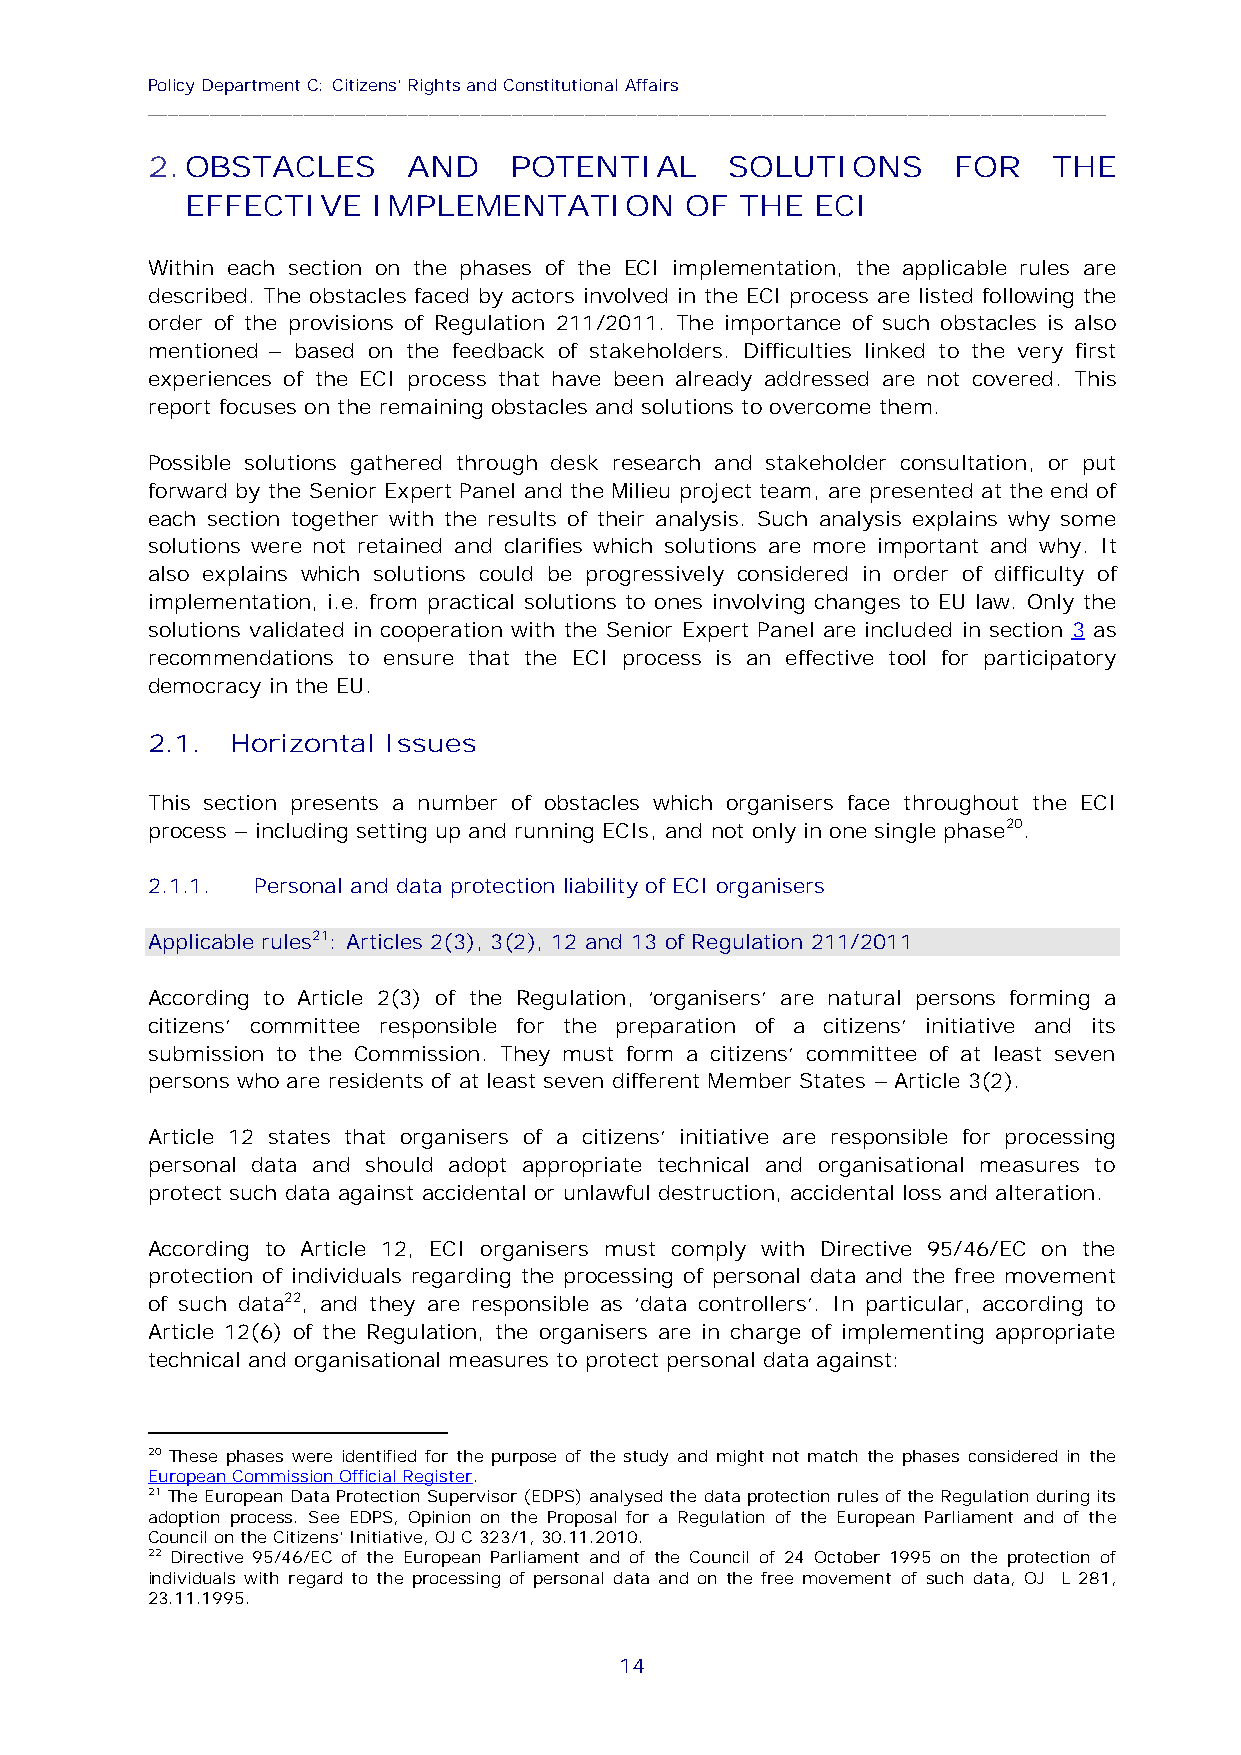
Policy Department C: Citizens' Rights and Constitutional Affairs
 ____________________________________________________________________________________________
 2.OBSTACLES      AND    POTENTIAL     SOLUTIONS      FOR    THE
 EFFECTIVE    IMPLEMENTATION      OF  THE  ECI
 Within each section on the phases of the ECI implementation, the applicable rules are
 described. The obstacles faced by actors involved in the ECI process are listed following the
 order of the provisions of Regulation 211/2011. The importance of such obstacles is also
 mentioned – based on the feedback of stakeholders. Difficulties linked to the very first
 experiences of the ECI process that have been already addressed are not covered. This
 report focuses on the remaining obstacles and solutions to overcome them.
 Possible solutions gathered through desk research and stakeholder consultation, or put
 forward by the Senior Expert Panel and the Milieu project team, are presented at the end of
 each section together with the results of their analysis. Such analysis explains why some
 solutions were not retained and clarifies which solutions are more important and why. It
 also explains which solutions could be progressively considered in order of difficulty of
 implementation, i.e. from practical solutions to ones involving changes to EU law. Only the
 solutions validated in cooperation with the Senior Expert Panel are included in section 3 as
 recommendations to ensure that the ECI process is an effective tool for participatory
 democracy in the EU.
 2.1. Horizontal Issues
 This section presents a number of obstacles which organisers face throughout the ECI
 process – including setting up and running ECIs, and not only in one single phase20.
 2.1.1. Personal and data protection liability of ECI organisers
 Applicable rules21: Articles 2(3), 3(2), 12 and 13 of Regulation 211/2011
 According to Article 2(3) of the Regulation, ‘organisers’ are natural persons forming a
 citizens’ committee responsible for the preparation of a citizens’ initiative and its
 submission to the Commission. They must form a citizens’ committee of at least seven
 persons who are residents of at least seven different Member States – Article 3(2).
 Article 12 states that organisers of a citizens’ initiative are responsible for processing
 personal data and should adopt appropriate technical and organisational measures to
 protect such data against accidental or unlawful destruction, accidental loss and alteration.
 According to Article 12, ECI organisers must comply with Directive 95/46/EC on the
 protection of individuals regarding the processing of personal data and the free movement
 of such data22, and they are responsible as ‘data controllers’. In particular, according to
 Article 12(6) of the Regulation, the organisers are in charge of implementing appropriate
 technical and organisational measures to protect personal data against:
 20 These phases were identified for the purpose of the study and might not match the phases considered in the
 European Commission Official Register.
 21 The European Data Protection Supervisor (EDPS) analysed the data protection rules of the Regulation during its
 adoption process. See EDPS, Opinion on the Proposal for a Regulation of the European Parliament and of the
 Council on the Citizens' Initiative, OJ C 323/1, 30.11.2010.
 22 Directive 95/46/EC of the European Parliament and of the Council of 24 October 1995 on the protection of
 individuals with regard to the processing of personal data and on the free movement of such data, OJ L 281,
 23.11.1995.
 14